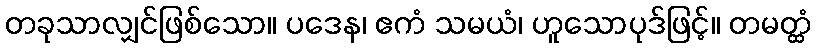
တခုသာလျှင်ဖြစ်သော။ ပဒေန၊ ဧကံ သမယံ၊ ဟူသောပုဒ်ဖြင့်။ တမတ္ထံ